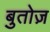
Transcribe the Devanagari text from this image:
बुतोज़